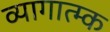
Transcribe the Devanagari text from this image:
व्यागात्म्क